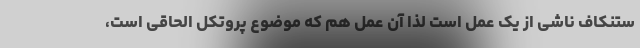
ستنکاف ناشی از یک عمل است لذا آن عمل هم که موضوع پروتکل الحاقی است،